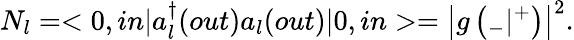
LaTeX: N_{l}=<0,in|a_{l}^{\dagger}(out)a_{l}(out)|0,in>=\left|g\left({}_{-}|{}^{+}\right)\right|^{2}.